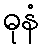
ဓုနံ